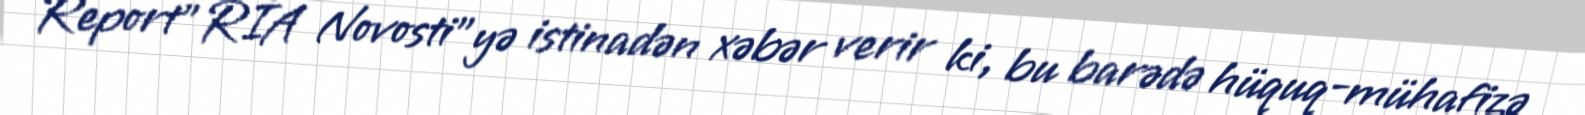
Report"RİA Novosti"yə istinadən xəbər verir ki, bu barədə hüquq-mühafizə